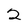
Character: 2